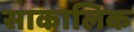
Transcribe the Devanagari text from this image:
साकालिक